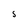
Character: S